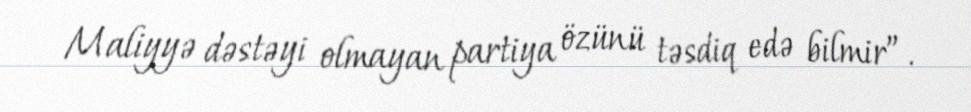
Maliyyə dəstəyi olmayan partiya özünü təsdiq edə bilmir”.